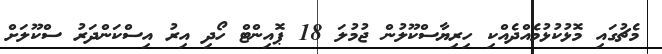
މެޗުގައި މޮޅުކުޅުމެއްދެއްކި ހިރިޔާސްކޫލުން ޖުމުލަ 18 ޕޮއިންޓް ހޯދި އިރު އިސްކަންދަރު ސްކޫލަށް